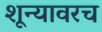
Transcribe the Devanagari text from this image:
शून्यावरच